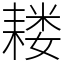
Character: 耧